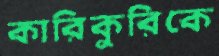
কারিকুরিকে